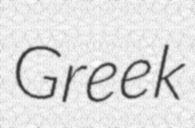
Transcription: Greek